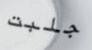
جلبت